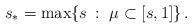
LaTeX: \begin{align*}s_* = \max\{s\,:\, \,\mu \subset[s,1]\}\,.\end{align*}